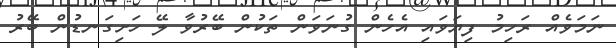
ނަމަވެއް ރަހިމު ފިޔަވައި އެހެން ގުނަވަން ތަކުން ބޭރުވާ ލޭ ހަށިގަނޑުން ބޭރު